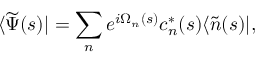
\langle \widetilde { \Psi } ( s ) | = \sum _ { n } e ^ { i \Omega _ { n } ( s ) } c _ { n } ^ { * } ( s ) \langle \widetilde { n } ( s ) | ,